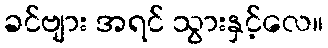
ခင်ဗျား အရင် သွားနှင့်လေ။